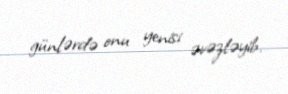
günlərdə onu yenisi əvəzləyib.